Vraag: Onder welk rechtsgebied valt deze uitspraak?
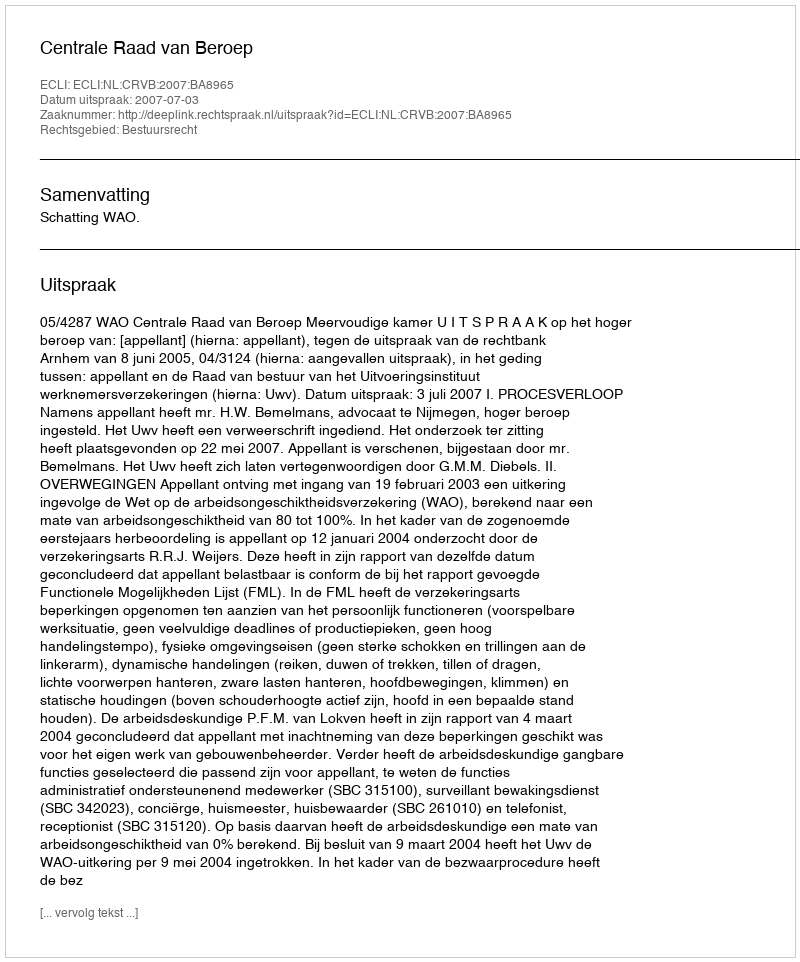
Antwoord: Bestuursrecht